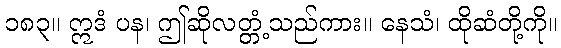
၁၈၃။ ဣဒံ ပန၊ ဤဆိုလတ္တံ့သည်ကား။ နေသံ၊ ထိုဆံတို့ကို။